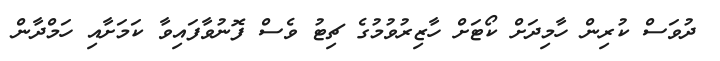
ދުވަސް ކުރިން ހާމިދަށް ކޯޓަށް ހާޒިރުވުމުގެ ޗިޓު ވެސް ފޮނުވާފައިވާ ކަމަށާއި ހަމްދާން